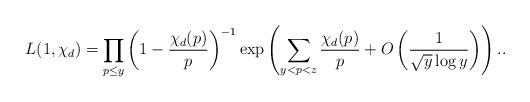
LaTeX: \begin{align*}L(1,\chi_d)= \prod_{p\leq y}\left(1-\frac{\chi_d(p)}{p}\right)^{-1}\exp\left(\sum_{y<p<z}\frac{\chi_d(p)}{p} +O\left(\frac{1}{\sqrt{y}\log y}\right)\right)..\end{align*}